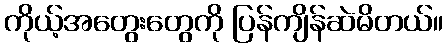
ကိုယ့်အတွေးတွေကို ပြန်ကျိန်ဆဲမိတယ်။